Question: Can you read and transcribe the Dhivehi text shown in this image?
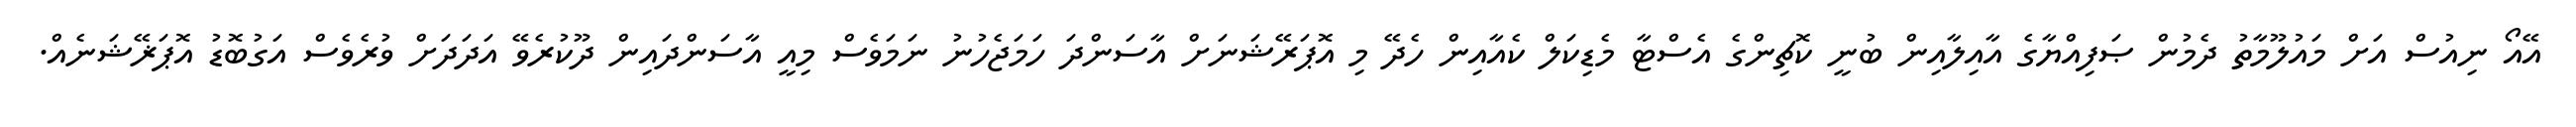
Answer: އޭއޯ ނިއުސް އަށް މައުލޫމާތު ދެމުން ޞަފިއްޔާގެ އާއިލާއިން ބުނީ ކޮޗިންގެ އެސްޓާ މެޑިކަލް ކެއާއިން ހެދޭ މި އޮޕަރޭޝަނަށް އާސަންދަ ހަމަޖެހުނު ނަމަވެސް މިއީ އާސަންދައިން ދޫކުރެވޭ އަދަދަށް ވުރެވެސް އަގުބޮޑު އޮޕަޜޭޝަނެއް.